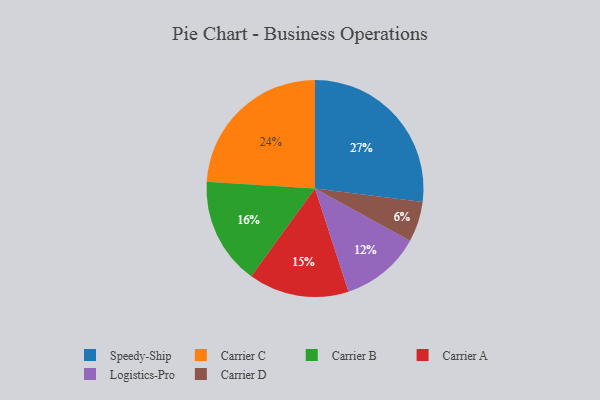
{"axis": {"x": "Category", "y": "Percentage"}, "legend": ["Carrier A", "Carrier B", "Carrier C", "Carrier D", "Logistics-Pro", "Speedy-Ship"], "data": [{"x": "Logistics-Pro", "y": 12, "type": "Logistics-Pro"}, {"x": "Carrier C", "y": 24, "type": "Carrier C"}, {"x": "Carrier D", "y": 6, "type": "Carrier D"}, {"x": "Carrier A", "y": 15, "type": "Carrier A"}, {"x": "Speedy-Ship", "y": 27, "type": "Speedy-Ship"}, {"x": "Carrier B", "y": 16, "type": "Carrier B"}]}